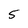
Character: 5